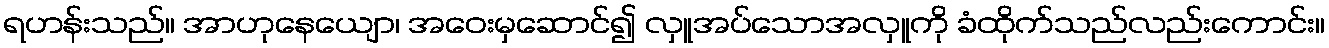
ရဟန်းသည်။ အာဟုနေယျော၊ အဝေးမှဆောင်၍ လှူအပ်သောအလှူကို ခံထိုက်သည်လည်းကောင်း။